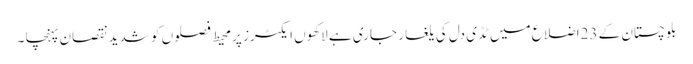
بلوچستان کے 23اضلاع میں ٹڈی دل کی یلغار جاری ہے لاکھوں ایکٹرز پر محیط فصلوں کو شدید نقصان پہنچا ۔